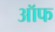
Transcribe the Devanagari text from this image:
ऑफ